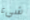
شيء